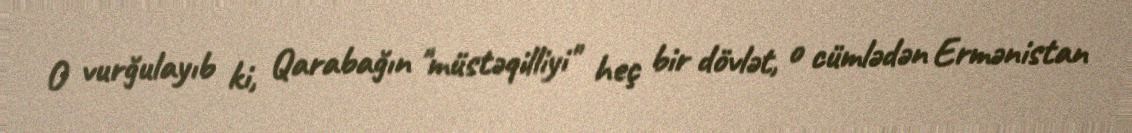
O vurğulayıb ki, Qarabağın "müstəqilliyi" heç bir dövlət, o cümlədən Ermənistan